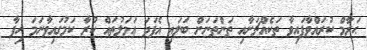
ޙަރާމް ކުރައްވާފައިވާ ތަކެއްޗަށާއި ތަންތަނަށް ބަލައި އެފަދަ ޢަމަލުތައް ކުރާ ކަމުގައިވާނަމަ ހިފާ